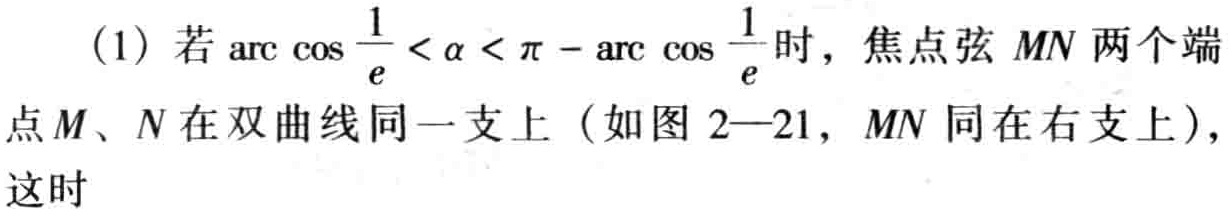
(1) 若\(\arccos\frac{1}{e}<\alpha<\pi - \arccos\frac{1}{e}\)时，焦点弦 \(MN\) 两个端点\(M\)、\(N\)在双曲线同一支上（如图 \(2 - 21\)，\(MN\) 同在右支上），这时